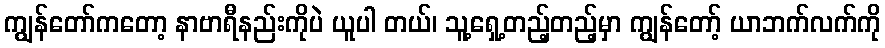
ကျွန်တော်ကတော့ နာဗာရီနည်းကိုပဲ ယူပါ တယ်၊ သူ့ရှေ့တည့်တည့်မှာ ကျွန်တော့် ယာဘက်လက်ကို